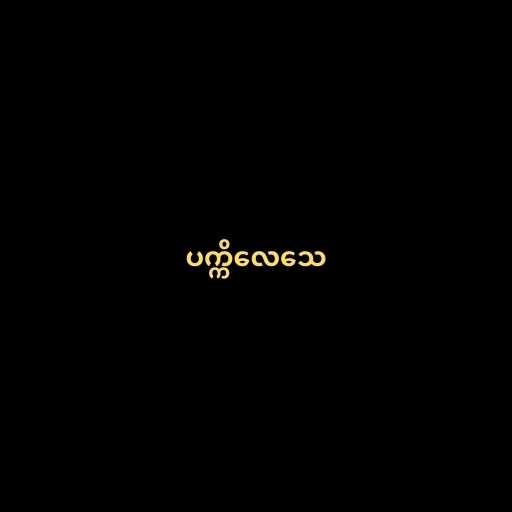
ပက္ကိလေသေ